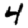
Digit: 4